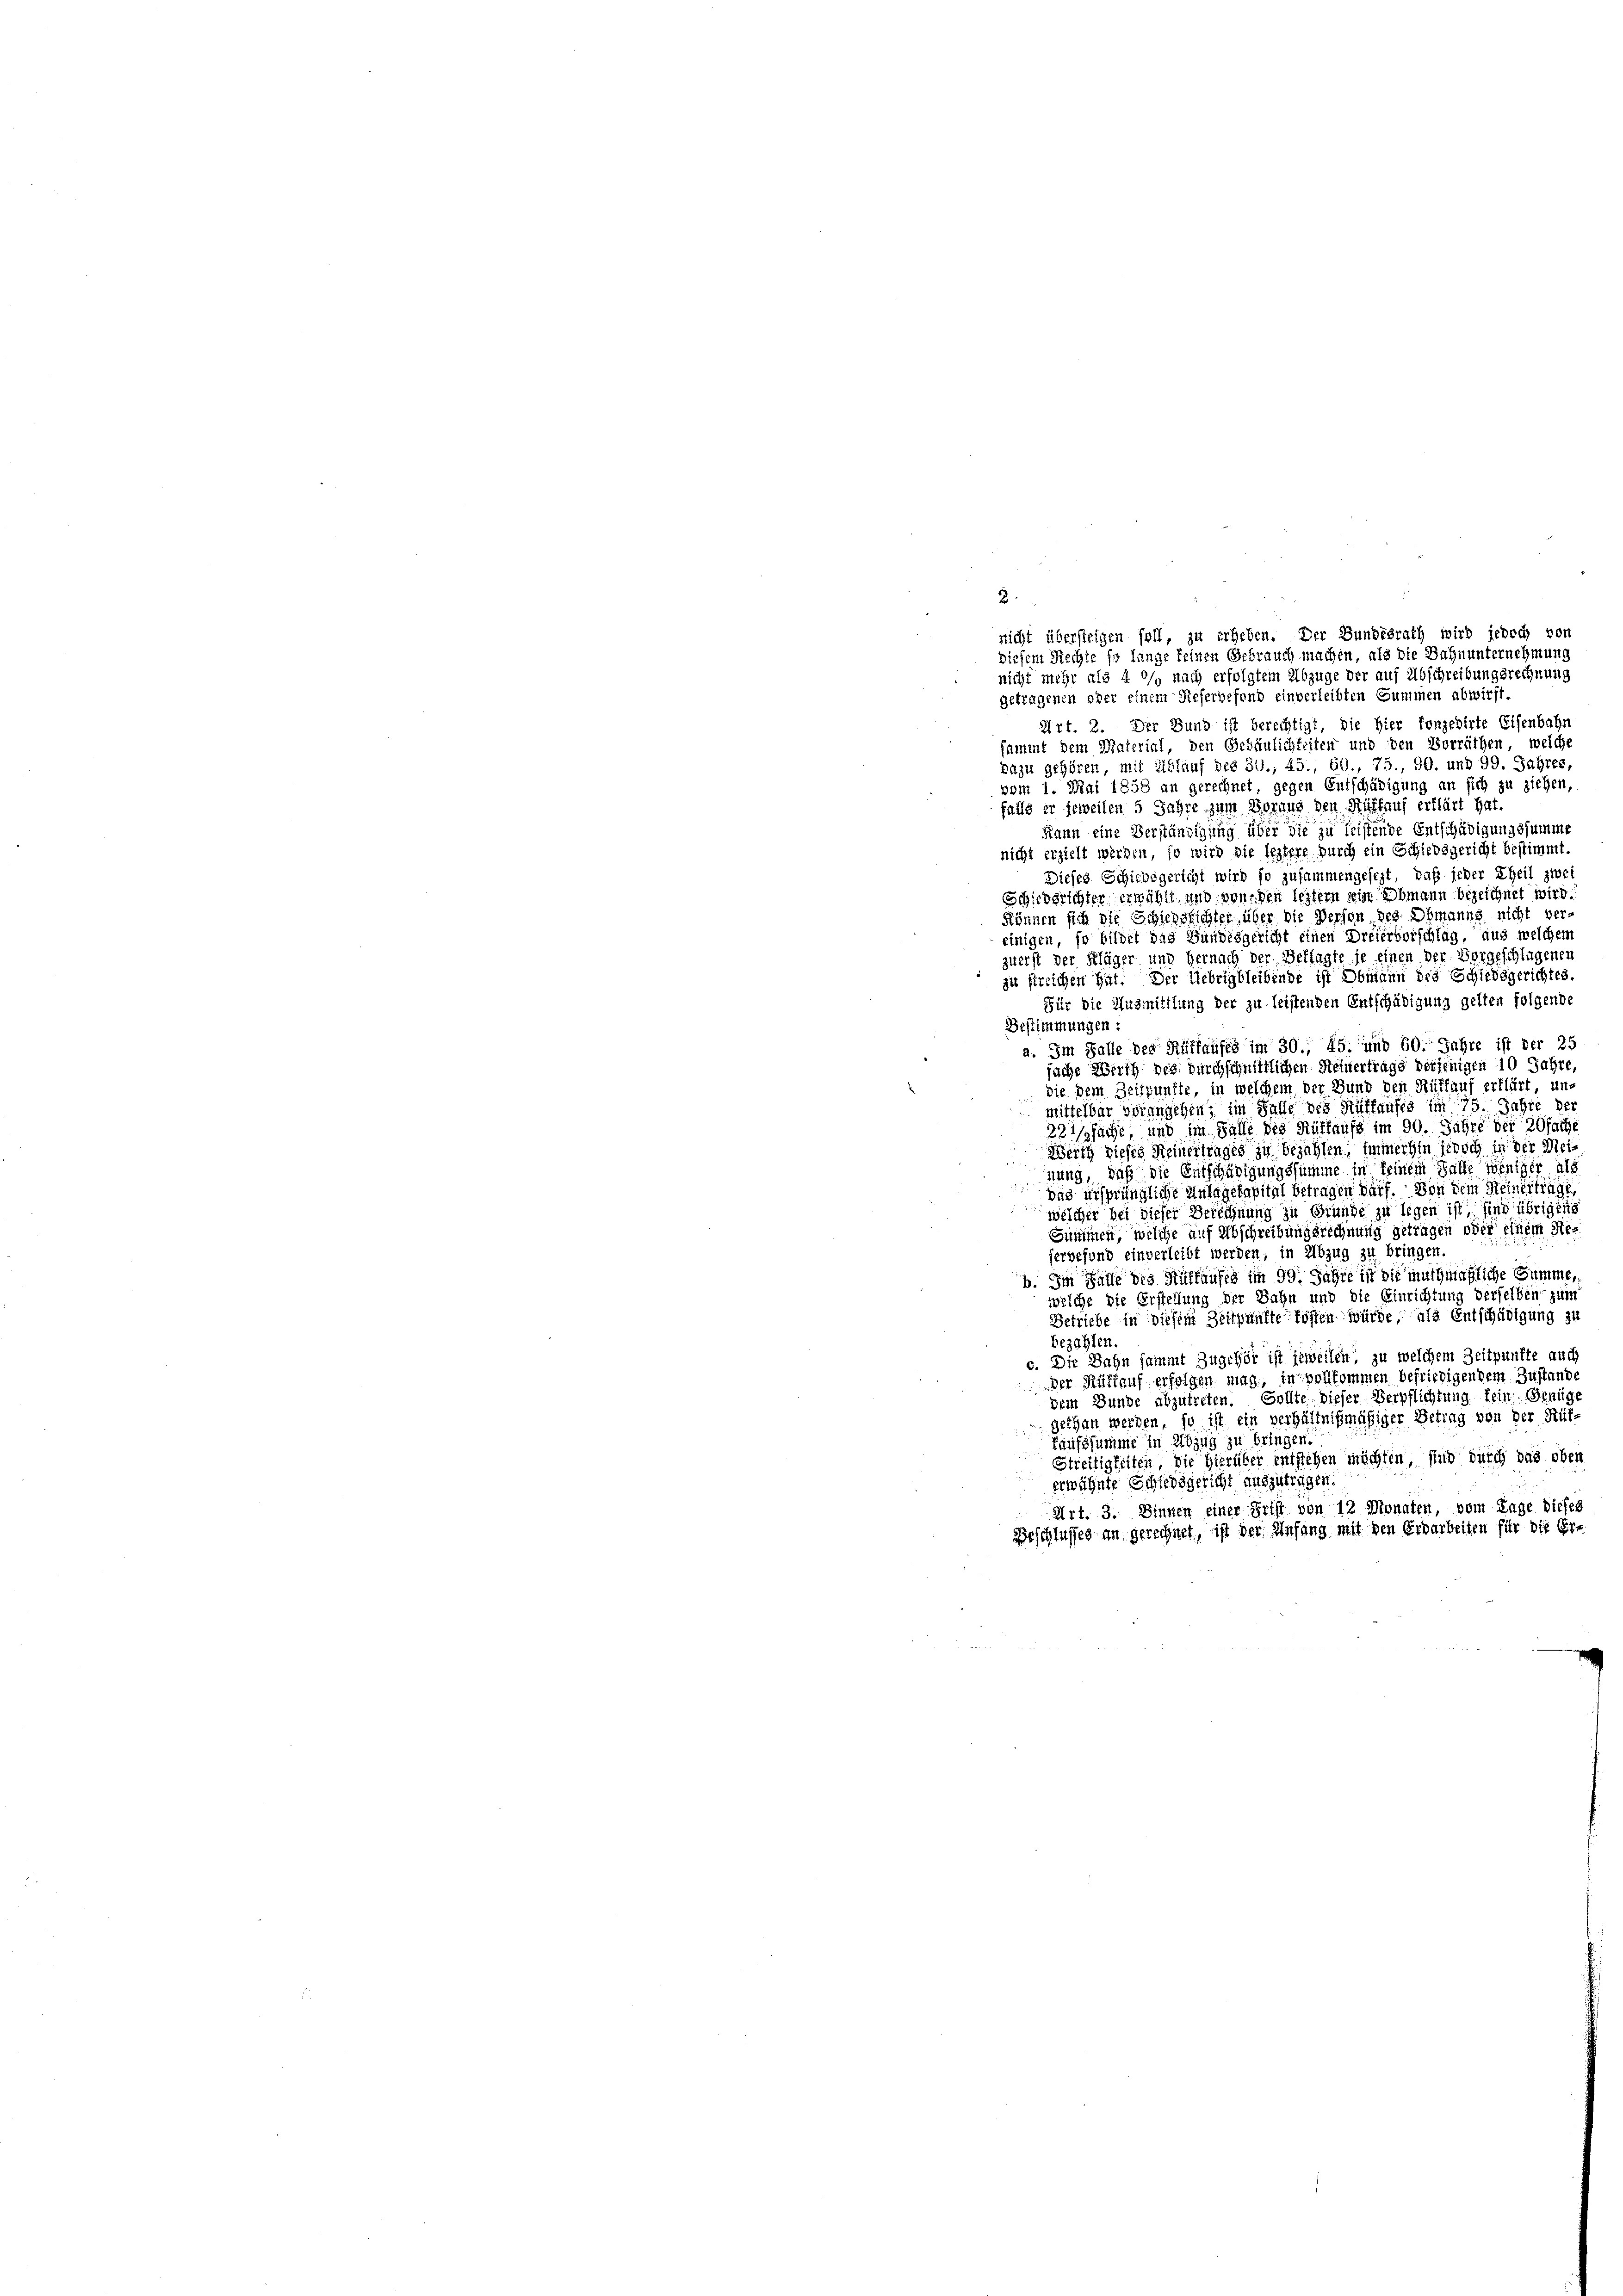
2

getragenen ober einem Referbefond einverleibten Summen abwirft.
Art. 2. Der Bund ist berechtigt, die hier konzedirte Eisenbahr
sammt dem Material, den Gebäulichkeiten und den Vorräthen, welche
dazu gehören, mit Ablauf des Zu., 45., 60., 75., 90. und 99. Jahres,
vom 1. Mai 1858 an gerechnet, gegen Entschädigung an sich zu ziehen,
falls er jeweilen 5 Jahre zum Woraus den Rütlauf erklärt hat.
Kann eine Verständigung über die zu leistende Entschädigungssumme
nicht erzielt werden, so wird die leztere durch ein Schiedsgericht bestimmt.
Dieses Schiedsgericht wird so zusammengesezt, daß jeder Theil zwei
Schiedsrichter erwählt und von den leztern sein Obmann bezeichnet wird
können sich die Schichslichter, über die Person des Obmanns nicht ver-
einigen, so bildet das Bundesgericht einen Dreiervorschlag, aus welchem
zuerst der Kläger und Hernach der Beklagte je einen der Vorgeschlagenen
zu streichen hat. Der Uebrigbleibende ist Obmann des Schiedsgerichtes.
Für die Ausmittlung der zu leistenden Entschädigung gelten folgende
Bestimmungen:
a. Im Falle des Rüffaufes im 30., 45. und 60. Jahre ist der 25
fache Werth des durchschnittlichen Heinertrage derjenigen 10 Jahre,
die dem Zeitpunkte, in welchem der Bund den Rütfauf erklärt unmittelbar vorangehen, im Falle des Mithaufes im 75. Jahre der
22fache, und im Falle des Ruffaufs im 90. Jahre der 20fache
Werth dieses Meinertrages zu bezahlen, immerhin jedoch in der Meinung, daß die Entschädigungssumme in keinem Falle weniger als
das ursprüngliche Anlagekapital betragen darf. Von dem Reinerträgt,
welcher bei dieser Berechnung zu Grunde zu legen ist, sind übrigen
Summen, welche auf Abschreibungsrechnung getragen oder einem Reservefond einverleibt werden, in Abzug zu bringen.
b. Im Falle des Rückkaufes im 99. Jahre ist die muthmaßliche Summe,
welche die Erstellung der Sahn und die Einrichtung derselben zum
Betriebe in diesem Zeitpunkte fossen würde, als Entschädigung zu
bezahlen.
c. Die Bahn sammt Zugehör ist jeweilen, zu welchem Zeitpunkte auch
Der Rüflauf erfolgen mag, in vollkommen befriedigendem Zustande
dem Bunde abzutreten. Sollte dieser Verpflichtung fein Genüge
gethan werden, so ist ein verhältnißmäßiger Betrag von der Hüt-
kaufssumme in Abzug zu bringen.
Streitigkeiten, die Hierüber entstehen möchten, sind durch das oben
erwähnte Schiedsgericht auszutragen.
Art. 3. Dinnen einer Frist von 12 Monaten, vom Tage dieses
Beschlusses an gerechnet, ist der Anfang mit den Erdarbeiten für die Er-

nicht übersteigen soll, zu erheben. Der Bundesrath wird jedoch von
diesem Rechte so länge keinen Gebrauch machen, als die Bahnunternehmung
nicht mehr als 4 °/o nach erfolgtem Abzuge der auf Abschreibungsrechnung